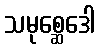
သမုစ္ဆေဒေါ